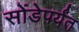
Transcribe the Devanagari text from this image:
सोंडेपर्यंत